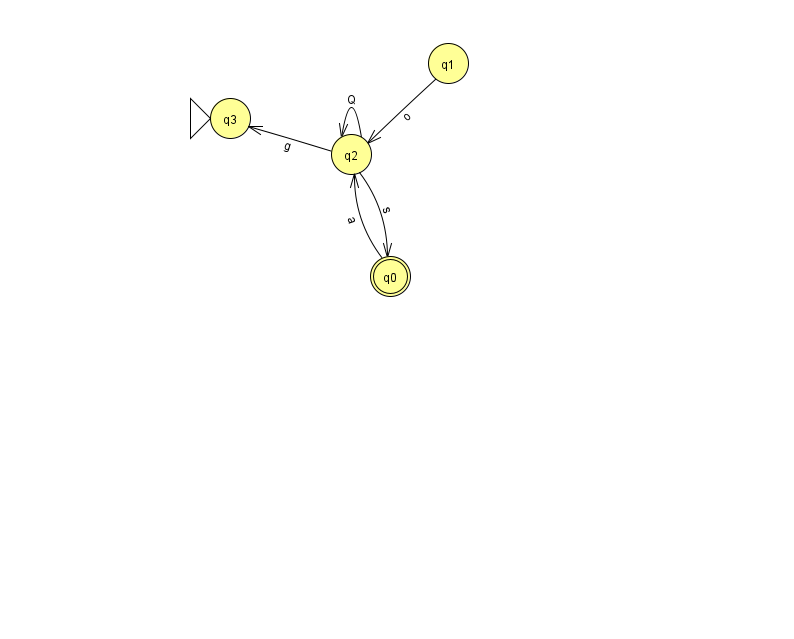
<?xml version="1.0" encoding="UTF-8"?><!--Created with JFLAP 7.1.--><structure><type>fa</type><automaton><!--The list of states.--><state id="0" name="q0"><x>390.0</x><y>263.0</y><final/></state><state id="1" name="q1"><x>448.0</x><y>50.0</y></state><state id="2" name="q2"><x>351.0</x><y>141.0</y></state><state id="3" name="q3"><x>230.0</x><y>105.0</y><initial/></state><!--The list of transitions.--><transition><from>0</from><to>2</to><read>a</read></transition><transition><from>2</from><to>2</to><read>Q</read></transition><transition><from>2</from><to>0</to><read>s</read></transition><transition><from>2</from><to>3</to><read>g</read></transition><transition><from>1</from><to>2</to><read>o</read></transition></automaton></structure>